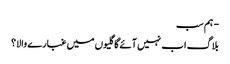
- ہم سب
بلاگ اب نہیں آئے گا گلیوں میں غبارے والا؟